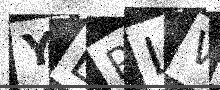
Text: YEPLVS